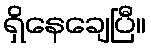
ရှိနေချေပြီ။